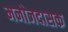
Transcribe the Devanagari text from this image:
मनोजदासक